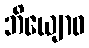
ဘိယျောဓ